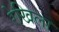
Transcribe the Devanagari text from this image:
रेखिला